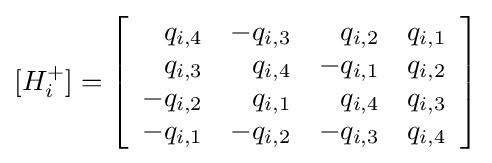
[H_{i}^{+}]=\left[{\begin{array}{rrrr}q_{i,4}&-q_{i,3}&q_{i,2}&q_{i,1}\\q_{i,3}&q_{i,4}&-q_{i,1}&q_{i,2}\\-q_{i,2}&q_{i,1}&q_{i,4}&q_{i,3}\\-q_{i,1}&-q_{i,2}&-q_{i,3}&q_{i,4}\\\end{array}}\right]